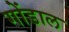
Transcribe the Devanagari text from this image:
गोंडाल